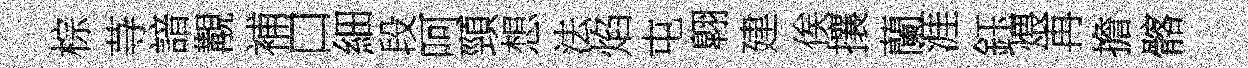
棕䒭諳覯補口細段呵頸想法焰屯翺建俟攘蘭涯鈺煨再擔髂